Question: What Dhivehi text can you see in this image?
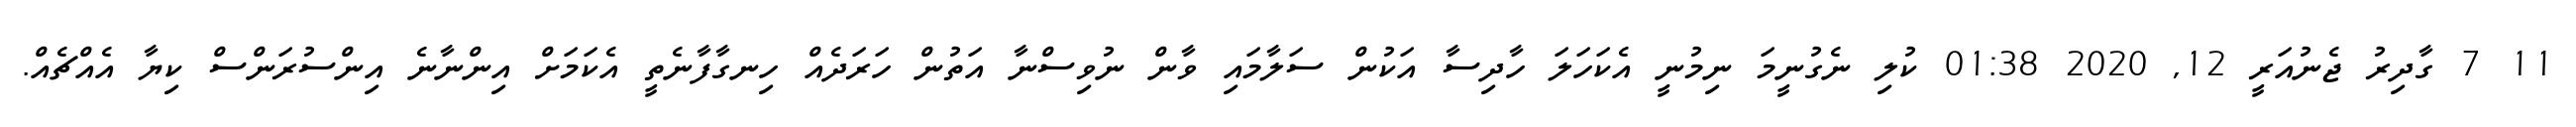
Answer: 11 7 ގާދިރު ޖެނުއަރީ 12, 2020 01:38 ކުލި ނެގުނީމަ ނިމުނީ އެކަހަލަ ހާދިސާ އަކުން ސަލާމައި ވާން ނުވިސްނާ އަތުން ހަރަދެއް ހިނގާފާނެތީ އެކަމަށް އިންނާނެ އިންސުރަންސް ކިޔާ އެއްޗެއް.